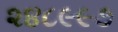
૨૪૮૯૯૭